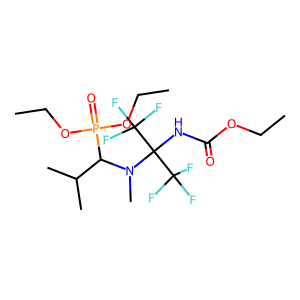
SMILES: CCOC(=O)NC(N(C)C(C(C)C)P(=O)(OCC)OCC)(C(F)(F)F)C(F)(F)F
Inhibits HIV replication: No